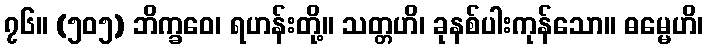
၇၆။ (၅၀၅) ဘိက္ခဝေ၊ ရဟန်းတို့။ သတ္တဟိ၊ ခုနစ်ပါးကုန်သော။ ဓမ္မေဟိ၊